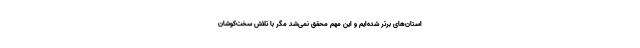
استان‌های برتر شده‌ایم و این مهم محقق نمی‌شد مگر با تلاش سخت‌کوشان